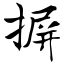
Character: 摒